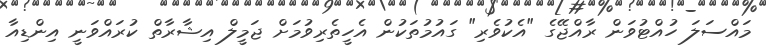
މައްސަލަ ހުއްޓުވަން ރާއްޖޭގެ "އެކުވެރި" ގައުމުތަކުން އެހީތެރިވުމަށް ޖަމީލް އިޝާރާތް ކުރައްވަނީ އިންޑިއާ